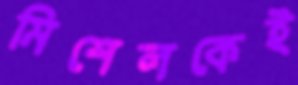
মিশেলকেই